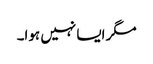
مگر ایسا نہیں ہوا۔